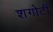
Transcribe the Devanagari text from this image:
शगोटी